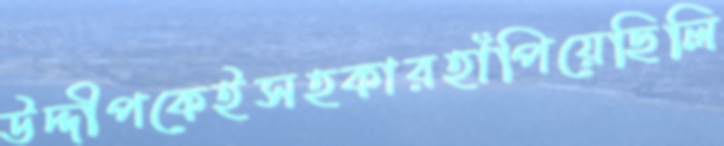
উদ্দীপকেইসহকারহাঁপিয়েছিলি